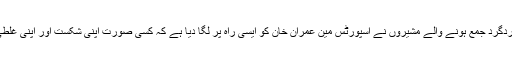
لیکن افسوس کہ اردگرد جمع ہونے والے مشیروں نے اسپورٹس مین عمران خان کو ایسی راہ پر لگا دیا ہے کہ کسی صورت اپنی شکست اور اپنی غلطی نہیں ماننی ہے۔